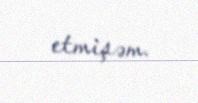
etmişəm.